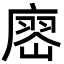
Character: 𢊞